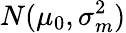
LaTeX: N(\mu_{0},\sigma_{m}^{2})